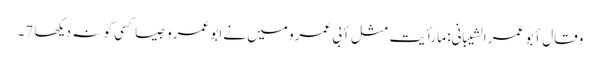
وقال أبو عمر الشیبانی: ما رأیت مثل أبی عمرو میں نے ابو عمرو جیسا کسی کو نہ دیکھا 7۔